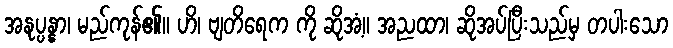
အနုပ္ပန္နာ၊ မည်ကုန်၏။ ဟိ၊ ဗျတိရေက ကို ဆိုအံ့။ အညထာ၊ ဆိုအပ်ပြီးသည်မှ တပါးသော